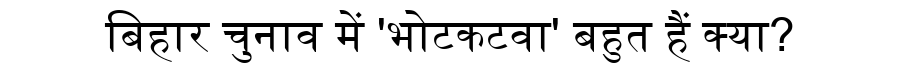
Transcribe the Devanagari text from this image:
बिहार चुनाव में 'भोटकटवा' बहुत हैं क्या?